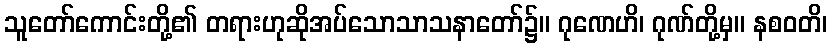
သူတော်ကောင်းတို့၏ တရားဟုဆိုအပ်သောသာသနာတော်၌။ ဂုဏေဟိ၊ ဂုဏ်တို့မှ။ နစဝတိ၊